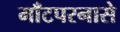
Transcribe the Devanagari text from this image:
माँटपरनासे